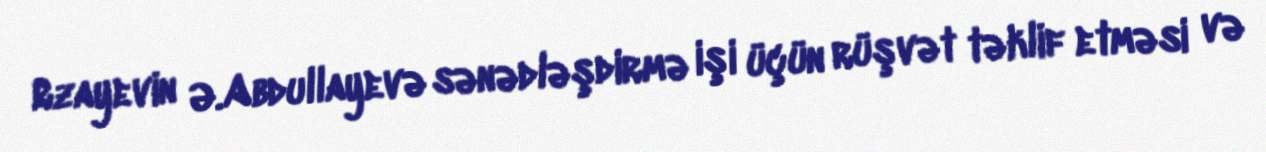
Rzayevin Ə.Abdullayevə sənədləşdirmə işi üçün rüşvət təklif etməsi və